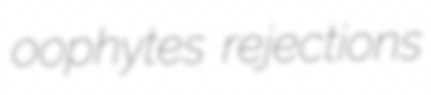
oophytes rejections